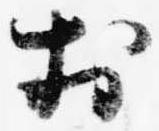
於